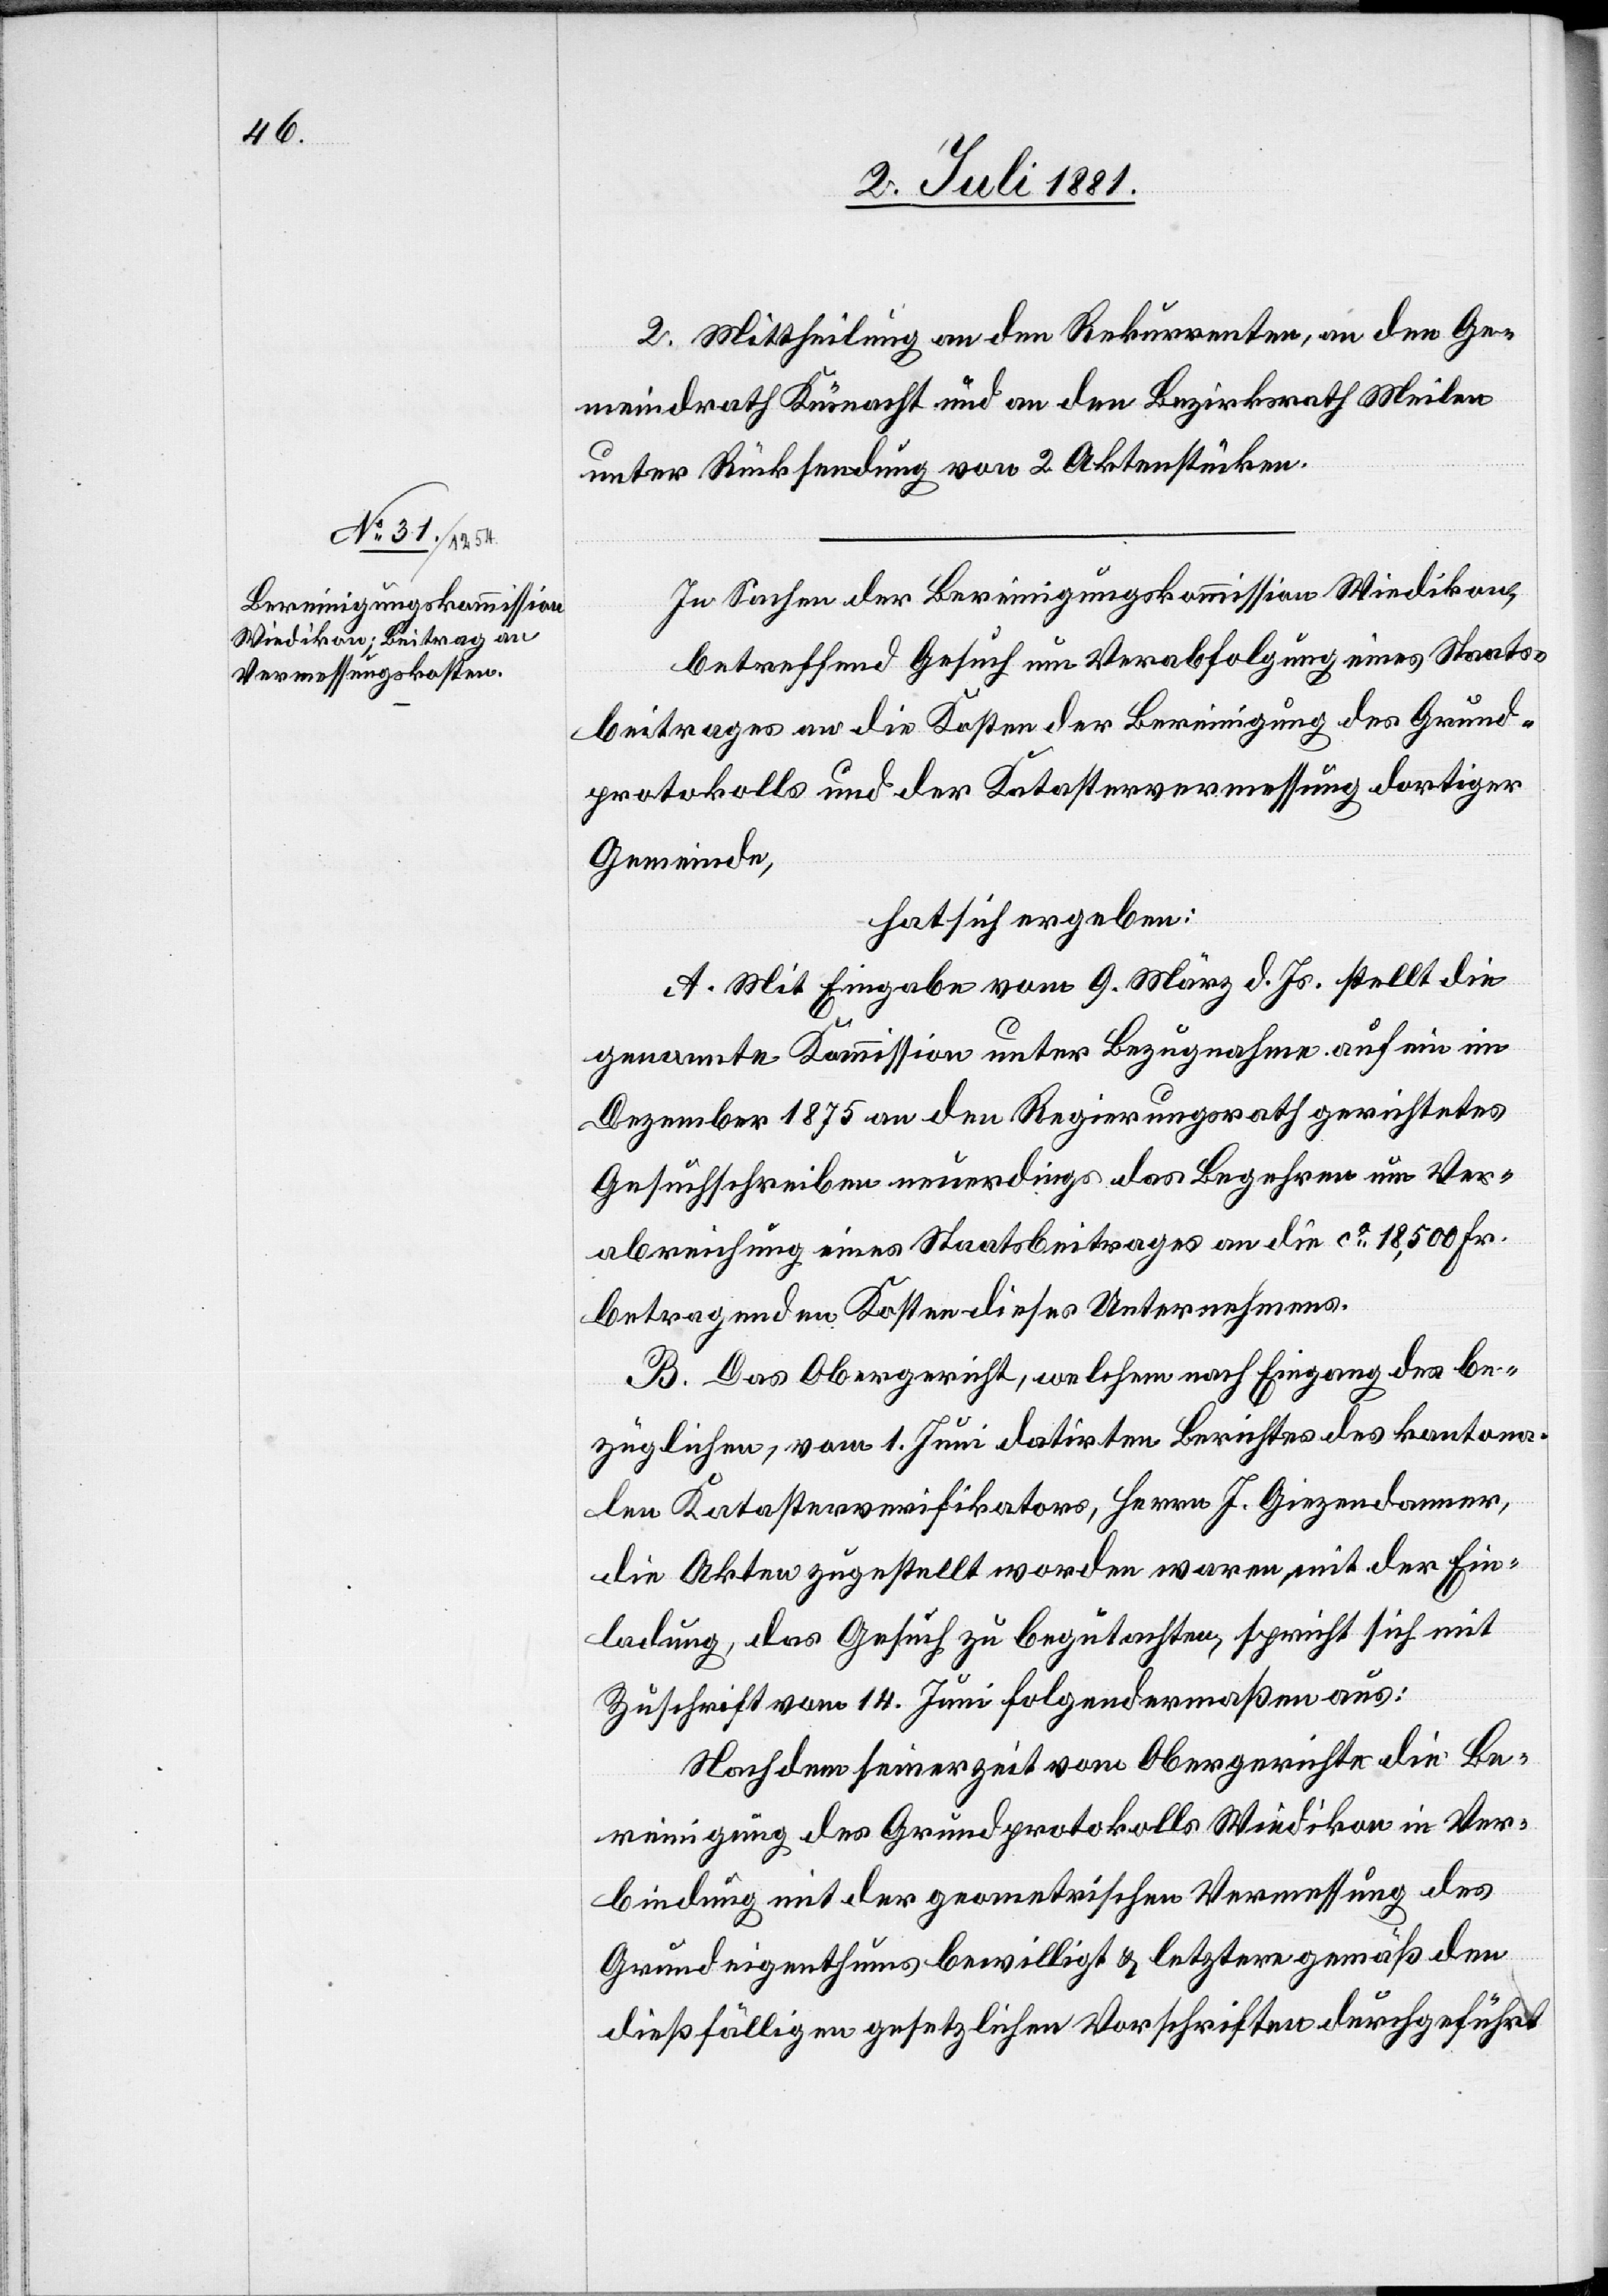
2. Mittheilung an den Rekurrenten, an den Ge¬
meindrath Küsnacht und an den Bezirksrath Meilen
unter Rücksendung von 2 Aktenstücken.
In Sachen der Bereinigungskommission Wiedikon,
betreffend Gesuch um Verabfolgung eines Staats¬
beitrages an die Kosten der Bereinigung des Grund¬
protokolls und der Katastervermessung dortiger
Gemeinde,
hat sich ergeben:
A. Mit Eingabe vom 9. März d. Js. stellt die
genannte Kommission unter Bezugnahme auf ein im
Dezember 1875 an den Regierungsrath gerichtetes
Gesuchschreiben neuerdings das Begehren um Ver¬
abreichung eines Staatsbeitrages an die ca 18,500 Fr.
betragenden Kosten dieses Unternehmens.
B. Das Obergericht, welchem nach Eingang des be¬
züglichen, vom 1. Juni datirten Berichtes des kantona¬
len Katasterverifikators, Herrn J. Giezendanner,
die Akten zugestellt worden waren mit der Ein¬
ladung, das Gesuch zu begutachten, spricht sich mit
Zuschrift vom 14. Juni folgendermaßen aus:
Nachdem seinerzeit vom Obergerichte die Be¬
reinigung des Grundprotokolls Wiedikon in Ver¬
bindung mit der geometrischen Vermessung des
Grundeigenthums bewilligt & letztere gemäß den
dießfälligen gesetzlichen Vorschriften durchgeführt